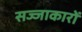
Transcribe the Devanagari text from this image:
सज्जाकारों